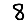
Digit: 8